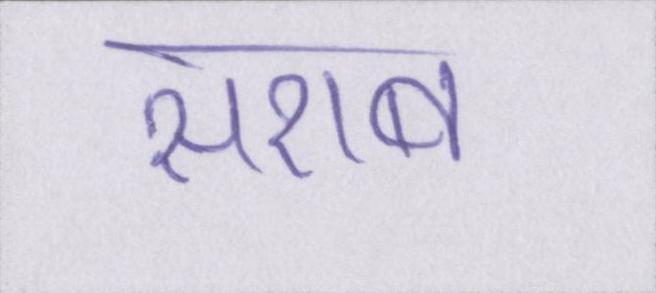
सराब